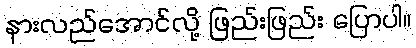
နားလည်အောင်လို့ ဖြည်းဖြည်း ပြောပါ။